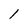
Character: l